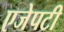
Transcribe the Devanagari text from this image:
एजेपटी